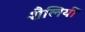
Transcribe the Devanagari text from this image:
शैलियीं